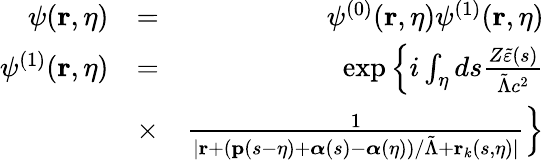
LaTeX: \begin{array}{rlr}{\psi(\mathbf{r},\eta)}&{=}&{\psi^{(0)}(\mathbf{r},\eta)\psi^{(1)}(\mathbf{r},\eta)}\\ {\psi^{(1)}(\mathbf{r},\eta)}&{=}&{\exp\left\{ i\int_{\eta}ds\frac{Z\tilde{\varepsilon}(s)}{\tilde{\Lambda}c^{2}}\right.}\\ &{\times}&{\left.\frac{1}{|\mathbf{r}+(\mathbf{p}(s-\eta)+\boldsymbol{\alpha}(s)-\boldsymbol{\alpha}(\eta))/\tilde{\Lambda}+\mathbf{r}_{k}(s,\eta)|}\right\} }\end{array}